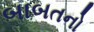
બાબતનો